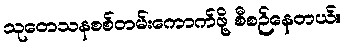
သုတေသနစစ်တမ်းကောက်ဖို့ စီစဉ်နေတယ်။